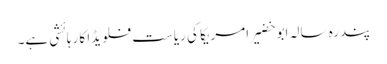
پندرہ سالہ ابو خضیر امریکا کی ریاست فلویڈا کا رہائشی ہے۔